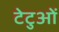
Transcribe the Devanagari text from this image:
टेटुओं